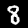
Label: 8